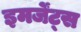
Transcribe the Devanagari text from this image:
इमर्जेंट्स